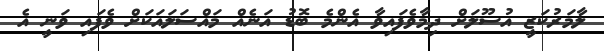
ލާމަރުކަޒީ އުސޫލަށް ދިމާވެފައިވާ އެންމެ ބޮޑު އަނެއް މައްސަލައަކަށް ވެފައި ވަނީ އެ